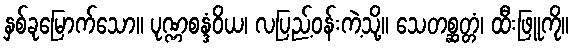
နှစ်ခုမြောက်သော။ ပုဏ္ဏစန္ဒံဝိယ၊ လပြည့်ဝန်းကဲ့သို့။ သေတစ္ဆတ္တံ၊ ထီးဖြူကို။